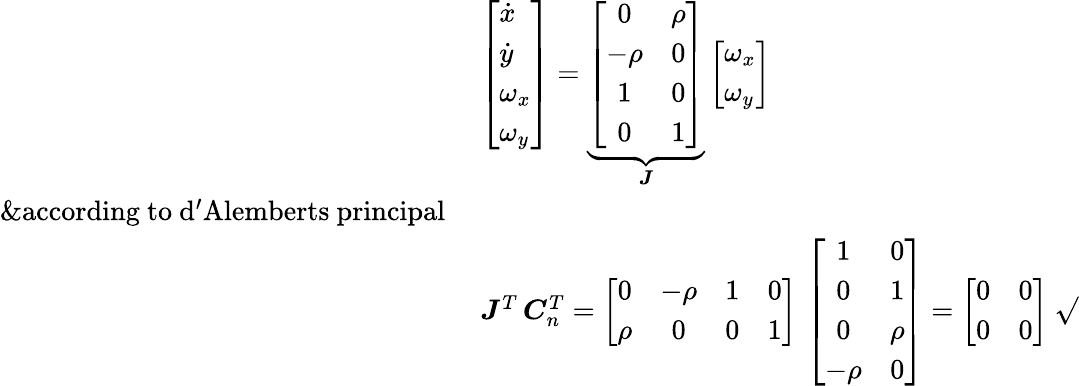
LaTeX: \begin{array}{rl}&{\left[\begin{array}{l}{\dot{x}}\\ {\dot{y}}\\ {\omega_{x}}\\ {\omega_{y}}\end{array}\right]=\underbrace{\left[\begin{array}{cc}{0}&{\rho}\\ {-\rho}&{0}\\ {1}&{0}\\ {0}&{1}\end{array}\right]}_{\boldsymbol J}\left[\begin{array}{l}{\omega_{x}}\\ {\omega_{y}}\end{array}\right]}\\ {\& \mathrm{according~to~d'Alemberts~principal~}}\\ &{\boldsymbol J^{T}\, \boldsymbol C_{n}^{T}=\left[\begin{array}{cccc}{0}&{-\rho}&{1}&{0}\\ {\rho}&{0}&{0}&{1}\end{array}\right]\, \left[\begin{array}{cc}{1}&{0}\\ {0}&{1}\\ {0}&{\rho}\\ {-\rho}&{0}\end{array}\right]=\left[\begin{array}{cc}{0}&{0}\\ {0}&{0}\end{array}\right]~\surd}\end{array}